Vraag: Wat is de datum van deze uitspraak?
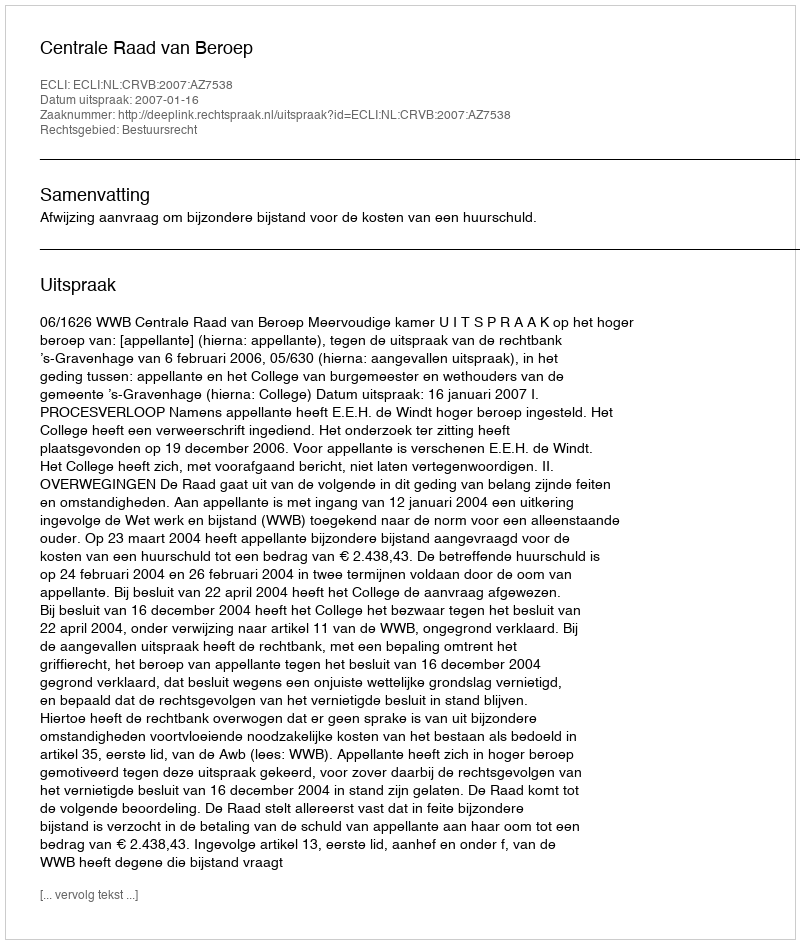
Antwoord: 2007-01-16